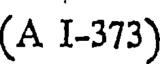
(A I-373)